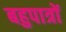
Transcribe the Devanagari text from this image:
बहुपात्रों